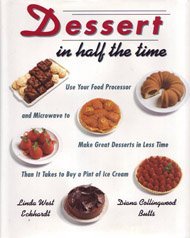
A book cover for Dessert In Half The Time   Use Your Food Processor: & Microwave to Make Great Desserts in Less Time Than It Takes to Buy a Pint of I ce Cream; Linda West Eckhardt; Cookbooks, Food & Wine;